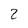
Character: 2